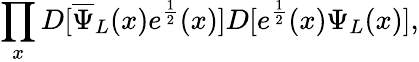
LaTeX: \prod_{x}D[{\overline{{\Psi}}}_{L}(x)e^{\frac{1}{2}}(x)]D[e^{\frac{1}{2}}(x)\Psi_{L}(x)],